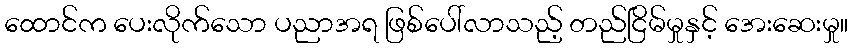
ထောင်က ပေးလိုက်သော ပညာအရ ဖြစ်ပေါ်လာသည့် တည်ငြိမ်မှုနှင့် အေးဆေးမှု။